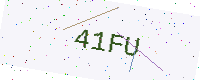
Text: 41FU